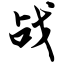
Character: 战